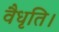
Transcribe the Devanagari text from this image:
वैधृति।